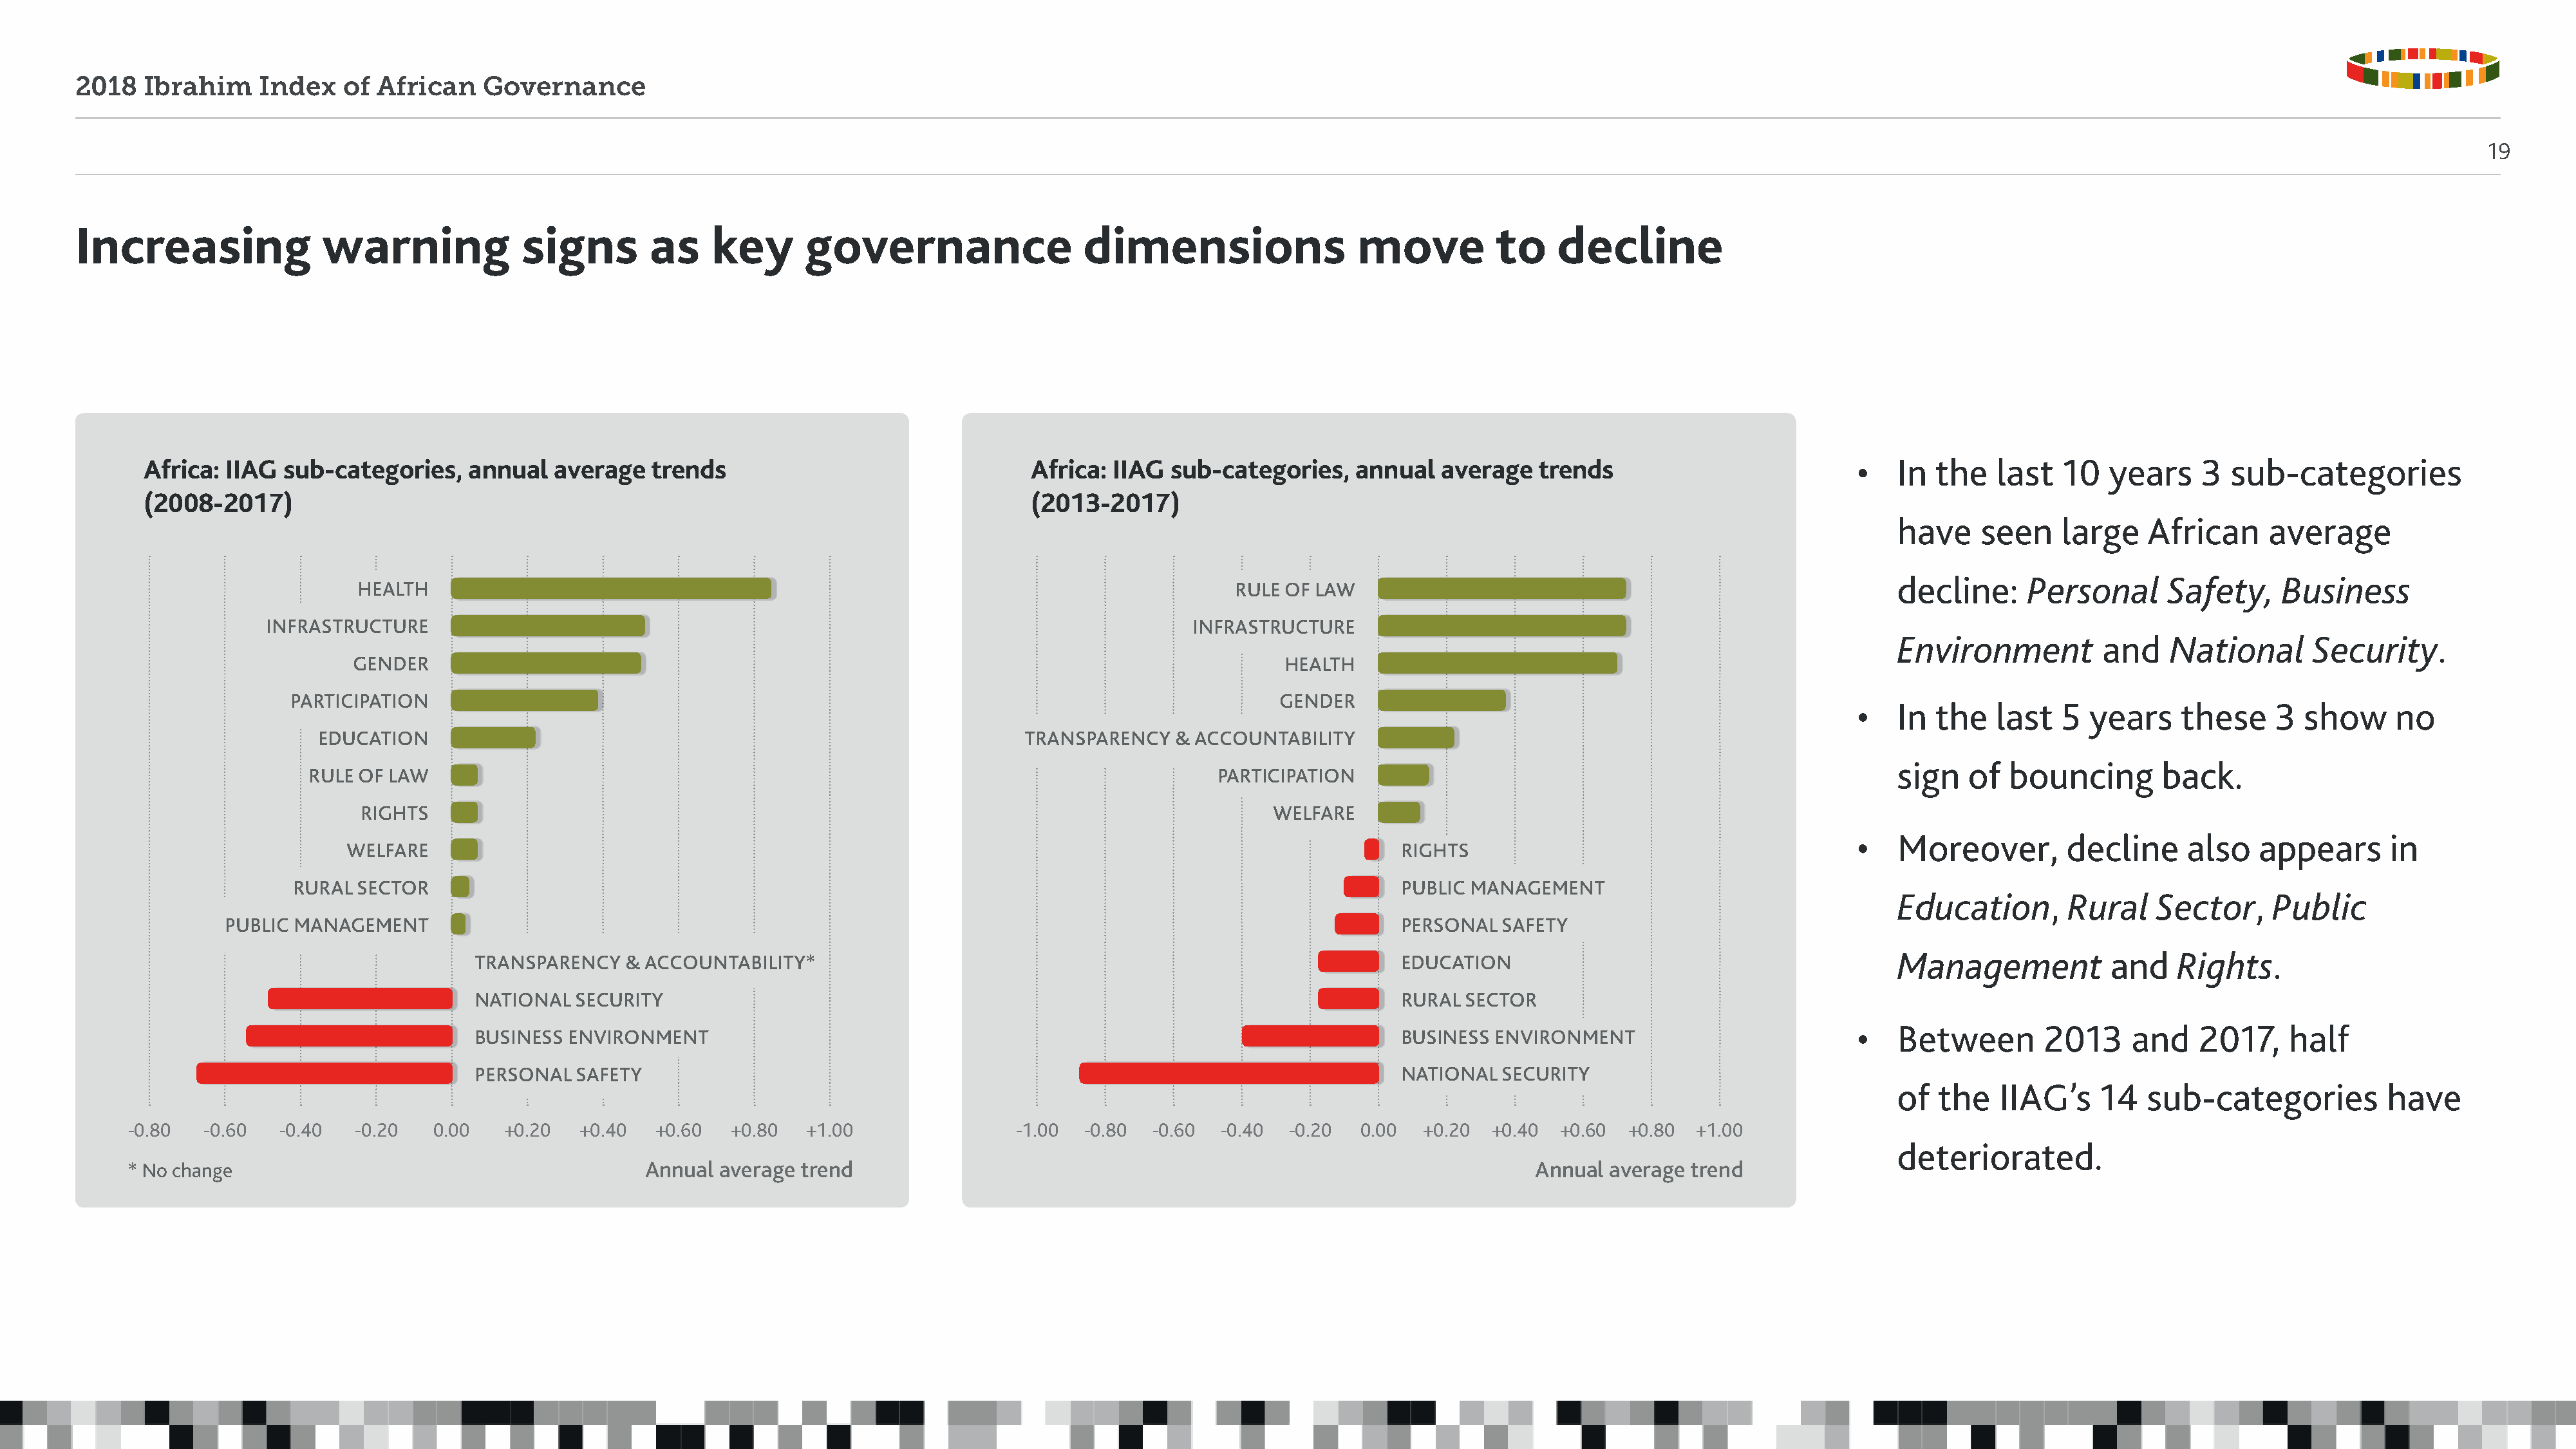
2018   Ibrahim     Index   of  African    Governance
 19
 Increasing               warning              signs        as    key       governance                  dimensions                   move          to    decline
 Africa: IIAG  sub-categories,    annual   average   trends                                 Africa: IIAG  sub-categories,    annual   average   trends                           •   In  the   last   10   years    3  sub-categories
 (2008-2017)                                                                                (2013-2017)
 have     seen    large    African     average
 decline:     Personal       Safety,     Business
 HEALTH                                                                                    RULE OF LAW
 INFRASTRUCTURE                                                                                  INFRASTRUCTURE
 Environment          and    National       Security.
 GENDER                                                                                          HEALTH
 PARTICIPATION                                                                                         GENDER
 •   In  the   last   5  years    these     3  show     no
 EDUCATION                                                               TRANSPARENCY    & ACCOUNTABILITY
 sign   of   bouncing       back.
 RULE OF LAW                                                                                  PARTICIPATION
 RIGHTS                                                                                        WELFARE
 •   Moreover,        decline      also   appears       in
 WELFARE                                                                                                     RIGHTS
 RURAL  SECTOR                                                                                                     PUBLIC MANAGEMENT
 Education,        Rural    Sector,     Public
 PUBLIC MANAGEMENT                                                                                                        PERSONAL  SAFETY
 Management            and    Rights.
 TRANSPARENCY   & ACCOUNTABILITY*                                                               EDUCATION
 NATIONAL  SECURITY                                                                             RURAL  SECTOR
 •   Between        2013     and    2017,    half
 BUSINESS ENVIRONMENT                                                                           BUSINESS  ENVIRONMENT
 PERSONAL  SAFETY                                                                               NATIONAL  SECURITY
 of  the    IIAG’s    14   sub-categories          have
 -0.80   -0.60   -0.40  -0.20    0.00   +0.20   +0.40  +0.60   +0.80   +1.00                -1.00  -0.80  -0.60  -0.40  -0.20   0.00  +0.20  +0.40  +0.60  +0.80  +1.00
 deteriorated.
 * No change                                          Annual  average trend                                                                       Annual average  trend